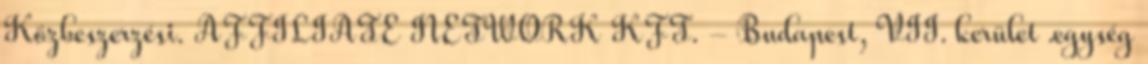
Közbeszerzési. AFFILIATE NETWORK KFT. - Budapest, VII. kerület .egység